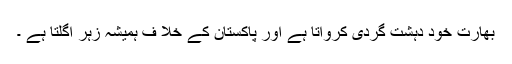
بھارت خود دہشت گردی کرواتا ہے اور پاکستان کے خلا ف ہمیشہ زہر اگلتا ہے ۔